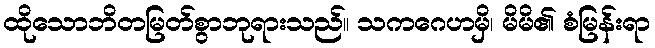
ထိုသောဘိတမြတ်စွာဘုရားသည်။ သကဂေဟမှိ၊ မိမိ၏ စံမြန်းရာ